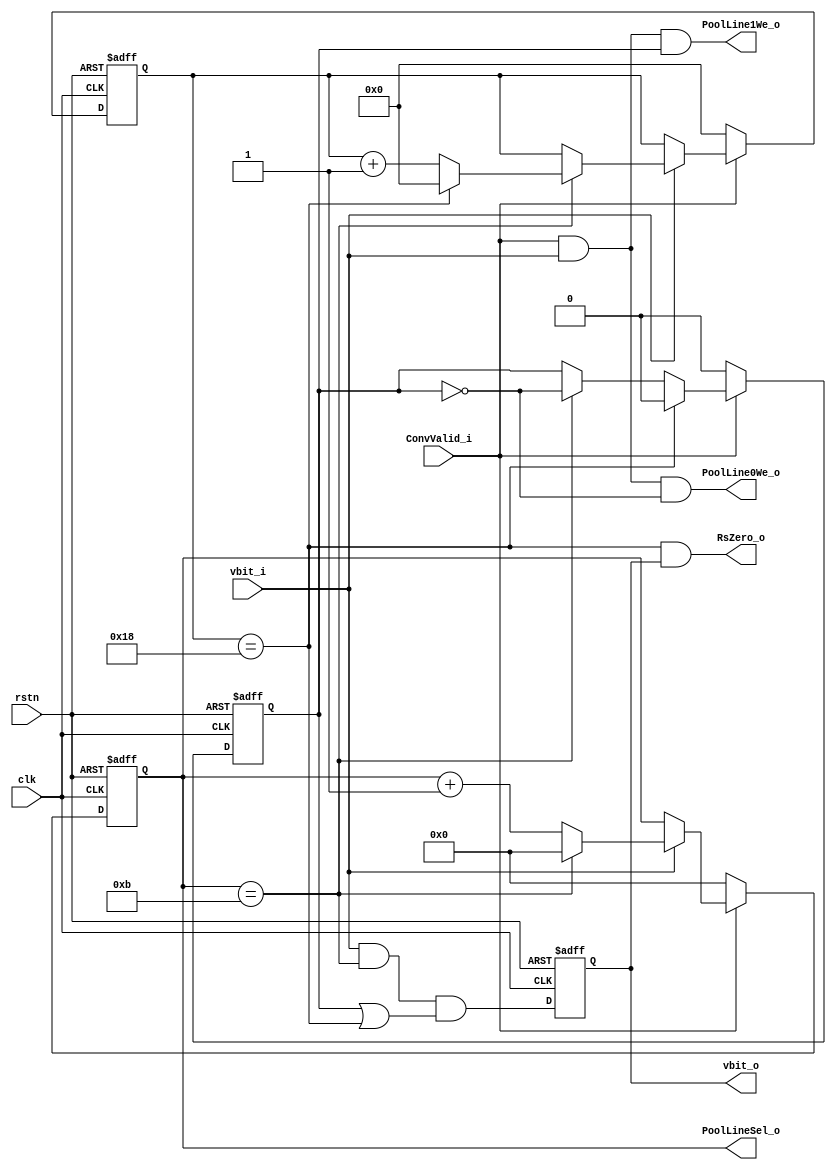
module L2RsCtrl (
    input   wire            clk,
    input   wire            rstn,

    input   wire            ConvValid_i,
    input   wire            vbit_i,

    output  wire            RsZero_o,

    output  wire            vbit_o,

    output  wire    [3:0]   PoolLineSel_o,
    output  wire            PoolLine0We_o,
    output  wire            PoolLine1We_o
);

//--------------------------------------------------
//  LINE CNT
//--------------------------------------------------

reg     [3:0]   LineCnt;
wire    [3:0]   LineCntNxt;
wire            LineDone;

assign  LineDone    =   LineCnt ==  4'd11;

assign  LineCntNxt  =   ~ConvValid_i    ?   4'b0    :   (
                        ~vbit_i         ?   LineCnt :   (
                        LineDone        ?   4'b0    :   LineCnt +   1'b1));

always@(posedge clk or negedge rstn) begin
    if(~rstn)
        LineCnt <=  4'b0;
    else
        LineCnt <=  LineCntNxt; 
end

//--------------------------------------------------
//  ROW CNT
//--------------------------------------------------

reg     [4:0]   RowCnt;
wire    [4:0]   RowCntNxt;
wire            RowDone;

assign  RowDone    =   RowCnt ==  5'd24;

assign  RowCntNxt  =    ~ConvValid_i    ?   5'b0    :   (
                        ~vbit_i         ?   RowCnt  :   (
                        ~LineDone       ?   RowCnt  :
                        RowDone         ?   5'b0    :   RowCnt +   1'b1));

always@(posedge clk or negedge rstn) begin
    if(~rstn)
        RowCnt <=  5'b0;
    else
        RowCnt <=  RowCntNxt; 
end

//--------------------------------------------------
// LINE STATE FOR REGSPLICE SEL
//--------------------------------------------------

reg     LineState;
wire    LineStateNxt;

assign  LineStateNxt    =   ~ConvValid_i    ?   1'b0        :   (
                            RowDone         ?   1'b0        :   (  
                            LineDone        ?   ~LineState  :   LineState));

always@(posedge clk or negedge rstn) begin
    if(~rstn)
        LineState  <=  1'b0;
    else
        LineState  <=  LineStateNxt;
end

//--------------------------------------------------
//  VBIT OUTPUT
//--------------------------------------------------

reg     VbitReg;
wire    VbitRegNxt;

assign  VbitRegNxt  =   vbit_i          &
                        LineDone        &
                        (LineState  |   RowDone);                               

always@(posedge clk or negedge rstn) begin
    if(~rstn)
        VbitReg   <=  1'b0;
    else
        VbitReg   <=  VbitRegNxt;
end

//--------------------------------------------------------
//  OUTPUT 
//--------------------------------------------------------

assign PoolLineSel_o        =   LineCnt;
assign PoolLine0We_o        =   ConvValid_i &   vbit_i  &   ~LineState;
assign PoolLine1We_o        =   ConvValid_i &   vbit_i  &   LineState;
assign RsZero_o             =   RowDone &   VbitReg;
assign vbit_o               =   VbitReg;

endmodule